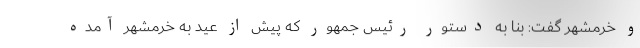
و خرمشهر گفت: بنا به دستور رئیس جمهور که پیش از عید به خرمشهر آمده